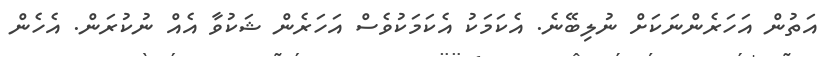
އަތުން އަހަރެންނަކަށް ނުލިބޭނެ. އެކަމަކު އެކަމަކުވެސް އަހަރެން ޝަކުވާ އެއް ނުކުރަން. އެހެން